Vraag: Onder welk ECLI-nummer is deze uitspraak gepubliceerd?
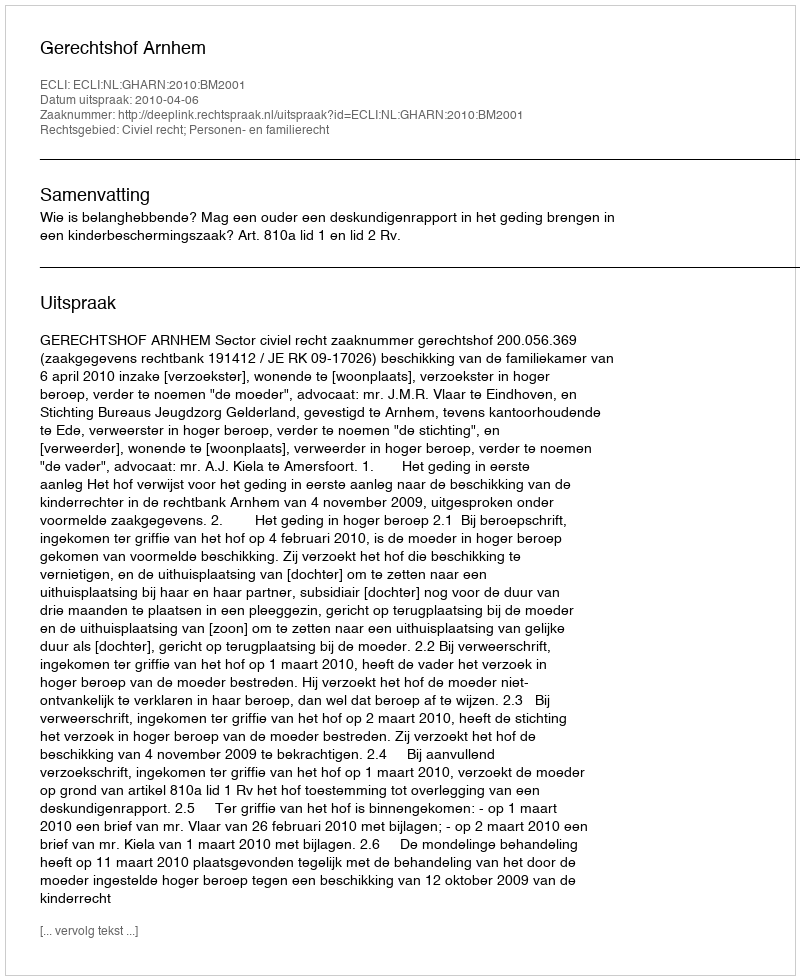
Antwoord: ECLI:NL:GHARN:2010:BM2001